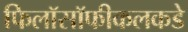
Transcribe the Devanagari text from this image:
फिलॉसॉफीकलकडे